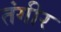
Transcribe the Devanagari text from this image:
तंगीर